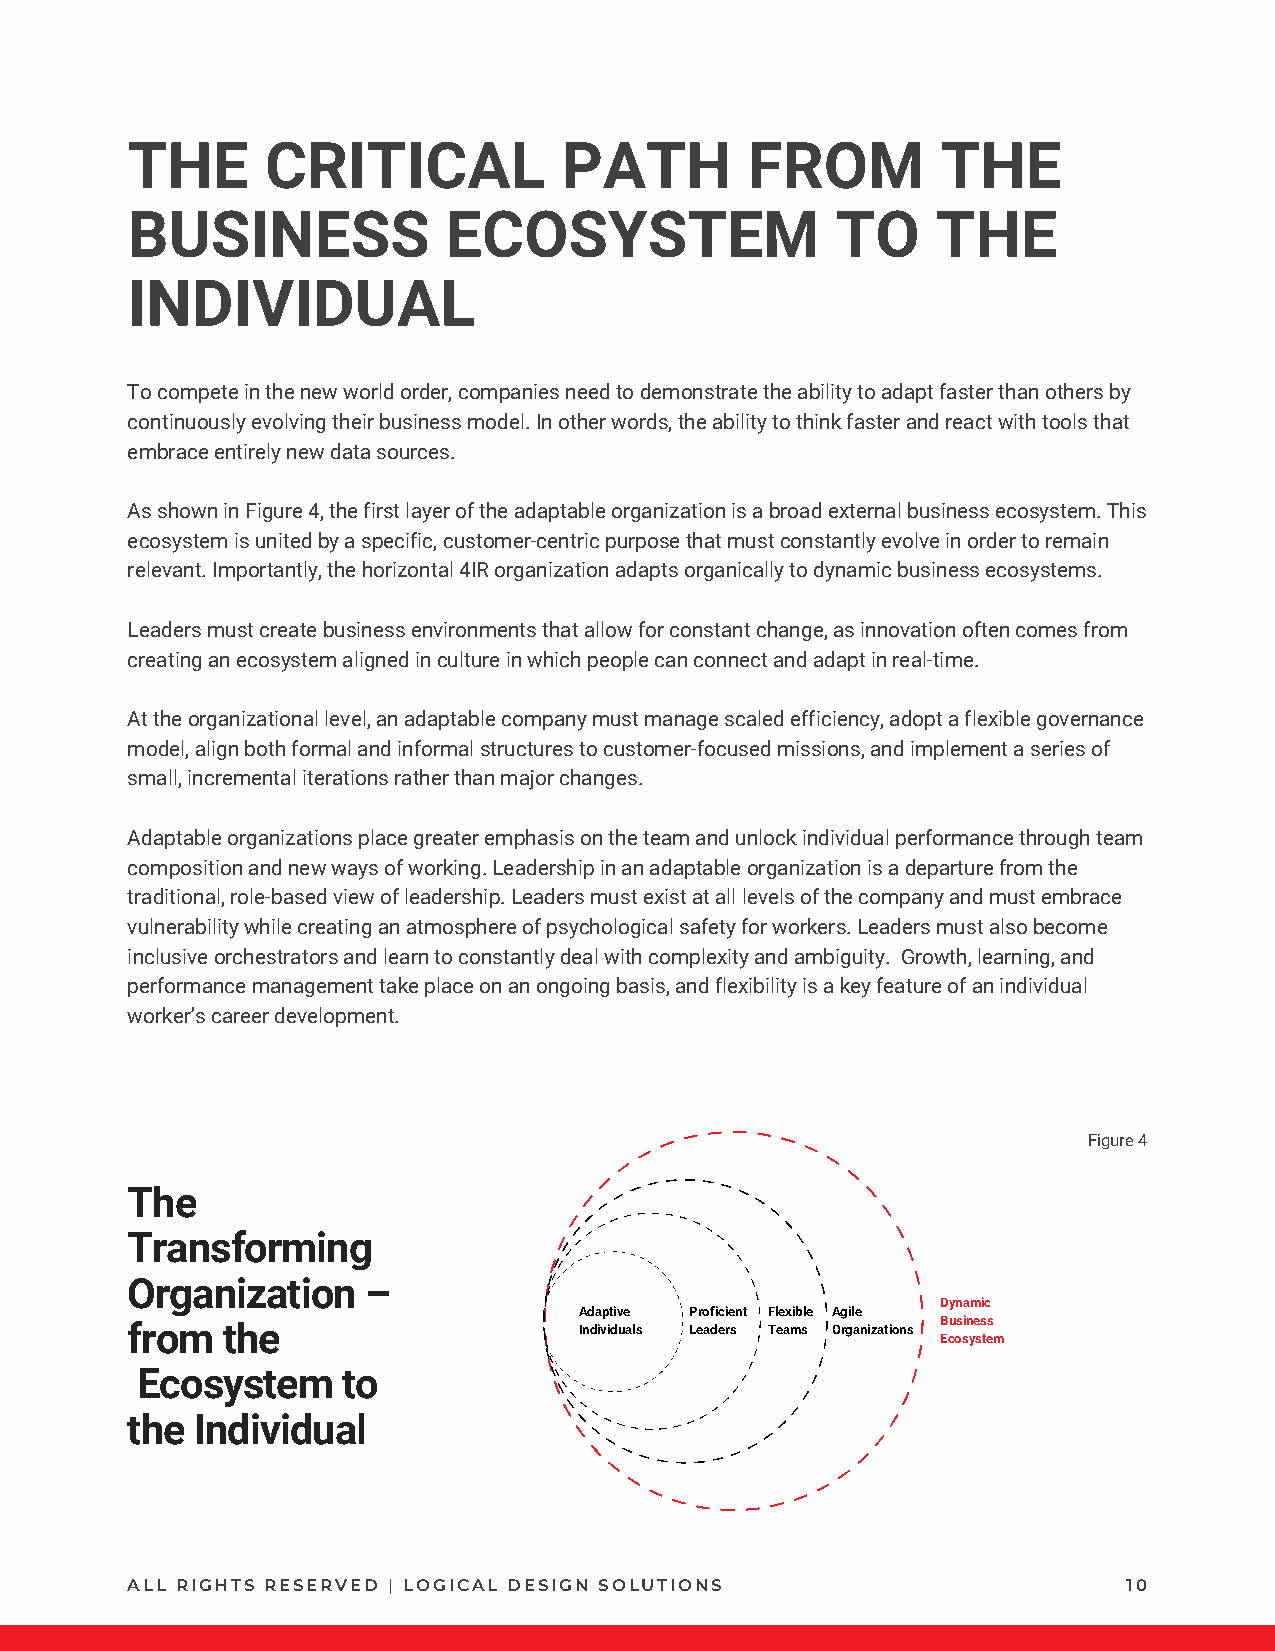
THE       CRITICAL           PATH        FROM         THE
 BUSINESS              ECOSYSTEM                TO     THE
 INDIVIDUAL
 To compete in the new world order, companies need to demonstrate the ability to adapt faster than others by
 continuously evolving their business model. In other words, the ability to think faster and react with tools that
 embrace entirely new data sources.
 As shown in Figure 4, the first layer of the adaptable organization is a broad external business ecosystem. This
 ecosystem is united by a specific, customer-centric purpose that must constantly evolve in order to remain
 relevant. Importantly, the horizontal 4IR organization adapts organically to dynamic business ecosystems.
 Leaders must create business environments that allow for constant change, as innovation often comes from
 creating an ecosystem aligned in culture in which people can connect and adapt in real-time.
 At the organizational level, an adaptable company must manage scaled efficiency, adopt a flexible governance
 model, align both formal and informal structures to customer-focused missions, and implement a series of
 small, incremental iterations rather than major changes.
 Adaptable organizations place greater emphasis on the team and unlock individual performance through team
 composition and new ways of working. Leadership in an adaptable organization is a departure from the
 traditional, role-based view of leadership. Leaders must exist at all levels of the company and must embrace
 vulnerability while creating an atmosphere of psychological safety for workers. Leaders must also become
 inclusive orchestrators and learn to constantly deal with complexity and ambiguity. Growth, learning, and
 performance management take place on an ongoing basis, and flexibility is a key feature of an individual
 worker’s career development.
 Figure 4
 The
 Transforming
 Organization    –
 Dynamic
 Adaptive Proficient Flexible Agile
 from   the                    Individuals Leaders Teams Organizations Business
 Ecosystem
 Ecosystem     to
 the  Individual
 ALL RIGHTS RESERVED | LOGICAL DESIGN SOLUTIONS                     10